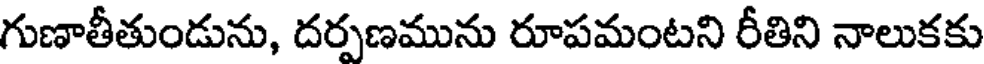
గుణాతీతుండును, దర్పణమును రూపమంటని రీతిని నాలుకకు